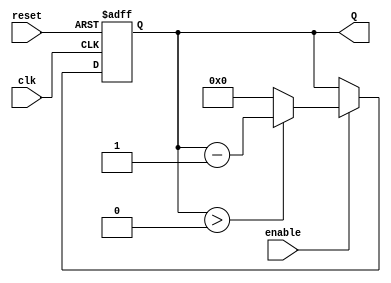
module down_counter #(
    parameter N = 4 // Parameter to define the width of the counter
)(
    input wire clk,       // Clock input
    input wire reset,     // Asynchronous reset
    input wire enable,    // Enable signal
    output reg [N-1:0] Q // N-bit output for the count value
);
    
    // Define the maximum count value based on parameter N
    localparam MAX_COUNT = (1 << N) - 1; // 2^N - 1

    // Asynchronous reset and counting logic
    always @(posedge clk or posedge reset) begin
        if (reset) begin
            Q <= MAX_COUNT; // Reset to maximum count value
        end else if (enable) begin
            if (Q > 0) begin
                Q <= Q - 1; // Decrement the count
            end else begin
                Q <= 0; // Maintain zero on underflow
            end
        end
    end

    // Initialize count to maximum value at the beginning
    initial begin
        Q = MAX_COUNT; // Set initial count value
    end

endmodule